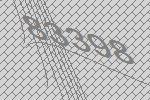
83398